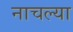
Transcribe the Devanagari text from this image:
नाचल्या